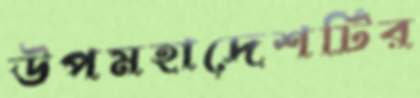
উপমহাদেশটির